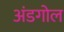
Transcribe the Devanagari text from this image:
अंडगोल